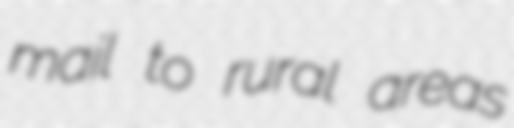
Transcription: mail to rural areas